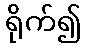
ရိုက်၍